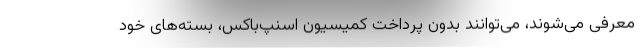
معرفی می‌شوند، می‌توانند بدون پرداخت کمیسیون اسنپ‌باکس، بسته‌های خود